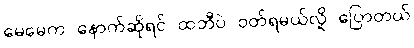
မေမေက နောက်ဆိုရင် ထဘီပဲ ဝတ်ရမယ်လို့ ပြောတယ်